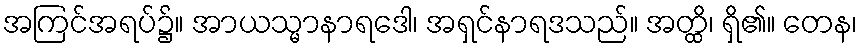
အကြင်အရပ်၌။ အာယသ္မာနာရဒေါ၊ အရှင်နာရဒသည်။ အတ္ထိ၊ ရှိ၏။ တေန၊